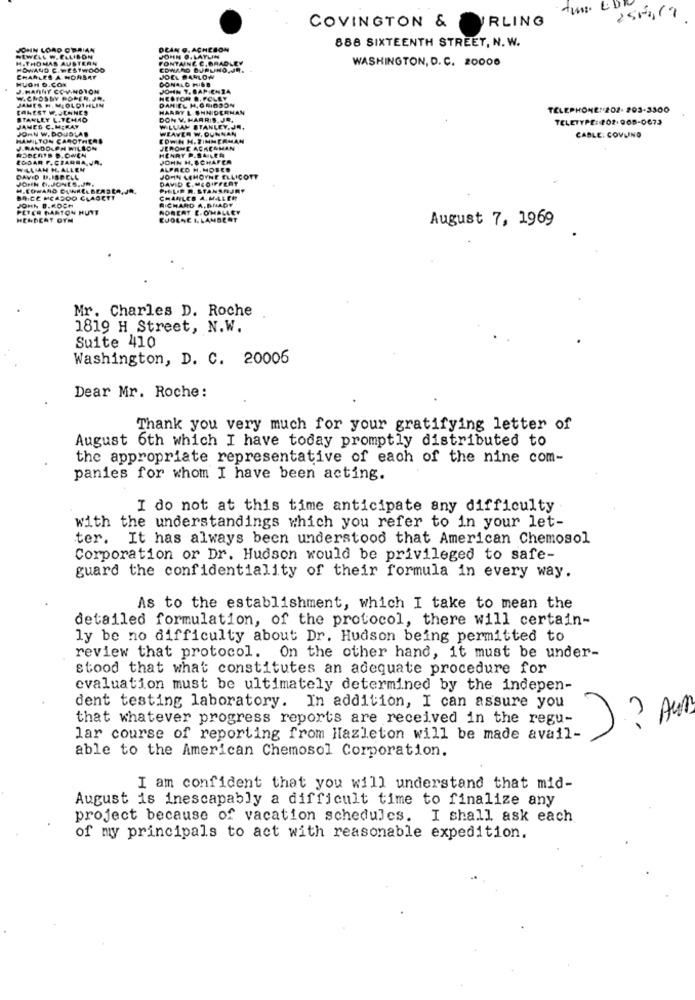
&D
IRLING
2550,17
COVINGTON &
888 SIXTEENTH STREET, N. W.
WASHINGTON, D. C. 20006
TELEPHONE: 202- 203-3300
DOR
TELETYPE:202-908-0673
CABLE: COVLIND
CABERS
CLAGET
HUNT
August 7, 1969
Mr. Charles D. Roche
1819 H Street, N.W.
Suite 410
Washington, D. C. 20006
Dear Mr. Roche:
Thank you very much for your gratifying letter of
August 6th which I have today promptly distributed to
the appropriate representative of each of the nine com-
panies for whom I have been acting.
I do not at this time anticipate any difficulty
with the understandings which you refer to in your let-
ter. It has always been understood that American Chemosol
Corporation or Dr. Hudson would be privileged to safe-
guard the confidentiality of their formula in every way.
As to the establishment, which I take to mean the
detailed formulation, of the protocol, there will certain-
ly be no difficulty about Dr. Hudson being permitted to
review that protocol. On the other hand, it must be under-
stood that what constitutes an adequate procedure for
evaluation must be ultimately determined by the indepen-
dent testing laboratory. In addition, I can assure you
that whatever progress reports are received in the regu-
) ? Au
lar course of reporting from Hazleton will be made avail-
able to the American Chemosol Corporation.
I am confident that you will understand that mid-
August is inescapably a difficult time to finalize any
project because of vacation schedules. I shall ask each
of my principals to act with reasonable expedition.